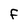
Character: F